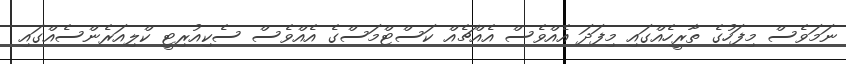
ނަމަވެސް މިފަހުގެ ތާރީހެއްގައި މިފަދަ އެއްވެސް އެއްޗެއް ކަސްޓްމަސްގެ އެއްވެސް ސެކިއުރިޓީ ކްލިއަރެންސެއްގައި